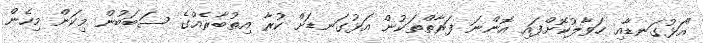
"އަޅުގަނޑާއި ހަވާލުކޮށްފައި އޮންނަ ފަރާތްތަކުން އަޅުގަނޑަށް ކުރާ އިތުބާރެއްގެ ސަބަބުން މިކަން މިހެން